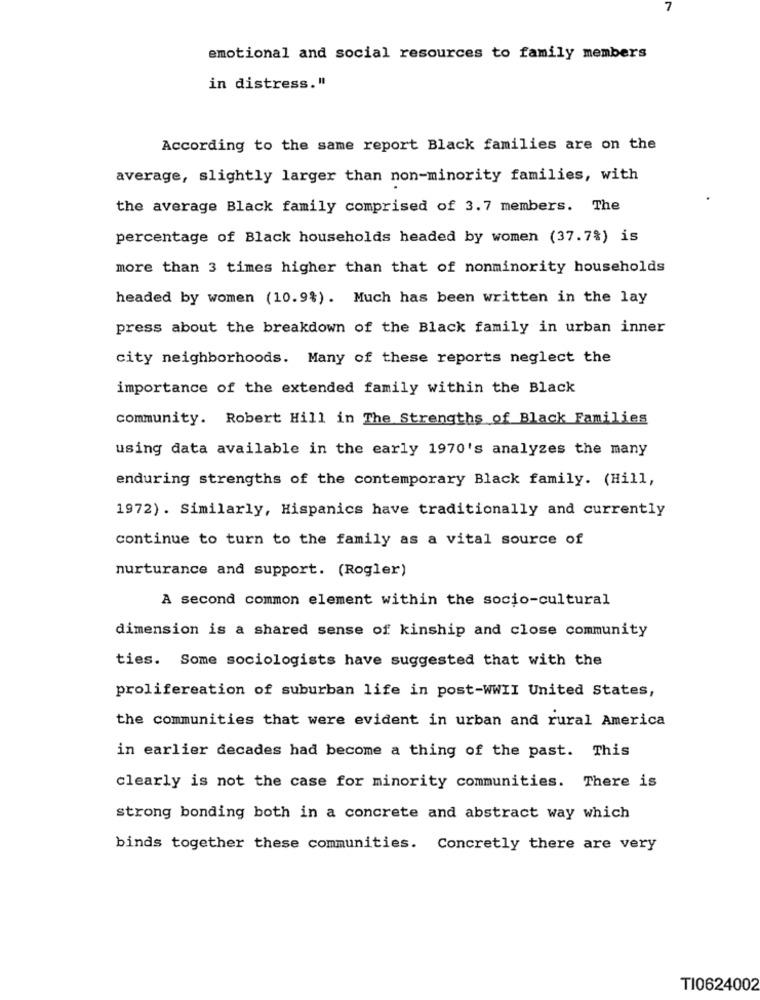
emotional and social resources to family members
in distress. "
According to the same report Black families are on the
average, slightly larger than non-minority families, with
the average Black family comprised of 3.7 members. The
percentage of Black households headed by women (37.7%) is
more than 3 times higher than that of nonminority households
headed by women (10.9%). Much has been written in the lay
press about the breakdown of the Black family in urban inner
city neighborhoods. Many of these reports neglect the
importance of the extended family within the Black
community. Robert Hill in The Strengths of Black Families
using data available in the early 1970's analyzes the many
enduring strengths of the contemporary Black family. (Hill,
1972) . Similarly, Hispanics have traditionally and currently
continue to turn to the family as a vital source of
nurturance and support. (Rogler)
A second common element within the socio-cultural
dimension is a shared sense of kinship and close community
ties. Some sociologists have suggested that with the
prolifereation of suburban life in post-WWII United States,
the communities that were evident in urban and rural America
in earlier decades had become a thing of the past. This
clearly is not the case for minority communities. There is
strong bonding both in a concrete and abstract way which
binds together these communities. Concretly there are very
TI0624002